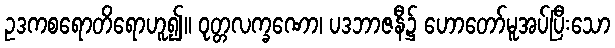
ဥဒကစရောတိရောဟူ၍။ ဝုတ္တလက္ခဏော၊ ပဒဘာဇနီ၌ ဟောတော်မူအပ်ပြီးသော